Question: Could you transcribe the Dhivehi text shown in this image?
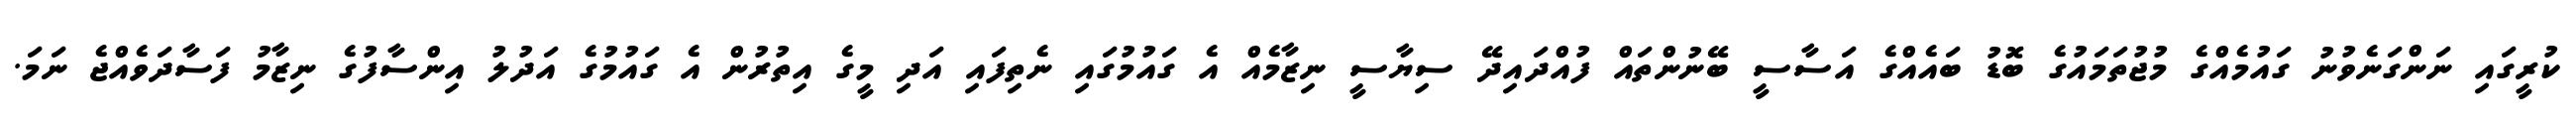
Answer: ކުރީގައި ނަންގަނެވުނު ގައުމެއްގެ މުޖުތަމައުގެ ބޮޑު ބައެއްގެ އަސާސީ ބޭނުންތައް ފުއްދައިދޭ ސިޔާސީ ނިޒާމެއް އެ ގައުމުގައި ނެތިފައި އަދި މީގެ އިތުރުން އެ ގައުމުގެ އަދުލު އިންސާފުގެ ނިޒާމު ފަސާދަވެއްޖެ ނަމަ.